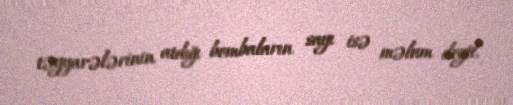
təyyarələrinin atdığı bombaların sayı isə məlum deyil.